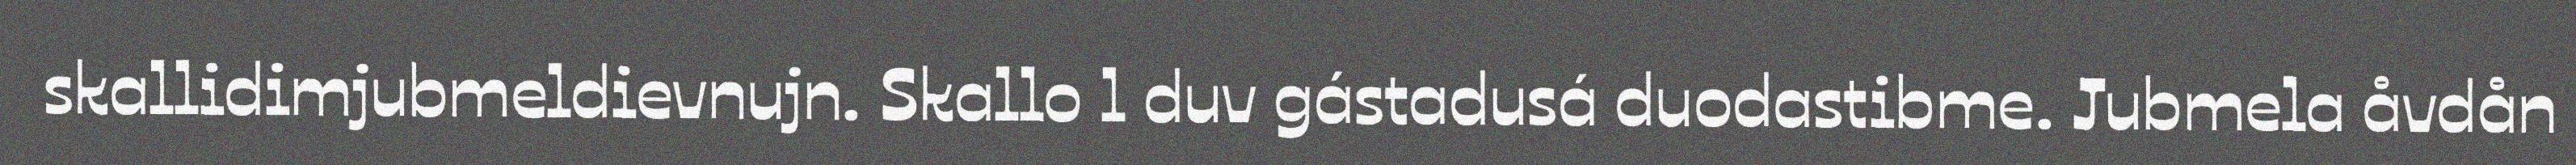
skallidimjubmeldievnujn. Skallo l duv gástadusá duodastibme. Jubmela åvdån